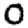
Digit: 0